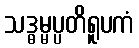
သဒ္ဓမ္မပ္ပတိရူပကံ